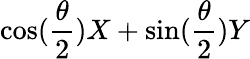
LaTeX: \cos(\frac{\theta}{2})X+\sin(\frac{\theta}{2})Y